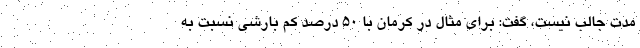
مدت جالب نیست، گفت: برای مثال در کرمان با ۵۰ درصد کم بارشی نسبت به